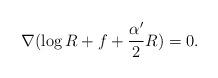
LaTeX: \begin{align*}\nabla(\log R+f+\frac{\alpha'}{2}R)=0.\end{align*}